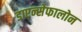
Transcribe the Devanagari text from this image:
डाएन्सेफालोन